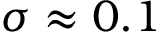
\sigma \approx 0 . 1